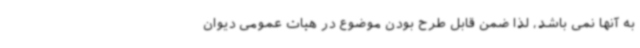
به آنها نمی باشد، لذا ضمن قابل طرح بودن موضوع در هیات عمومی دیوان